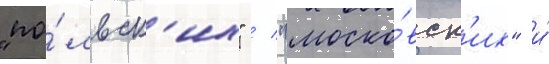
"по́льск'их" / "моско́вск'их" и́